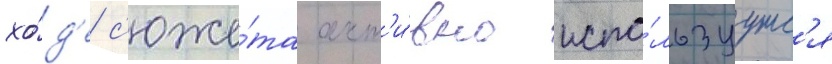
хо́д'е с'юже́та акт'и́вно испо́льзуутс'я